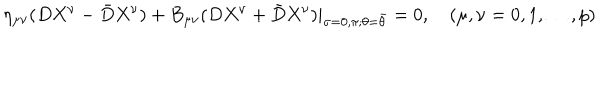
\eta _ { \mu \nu } ( D X ^ { \nu } - \bar { D } X ^ { \nu } ) + B _ { \mu \nu } ( D X ^ { \nu } + \bar { D } X ^ { \nu } ) | _ { \sigma = 0 , \pi ; \theta = \bar { \theta } } = 0 , \quad ( \mu , \nu = 0 , 1 , \ldots , p )